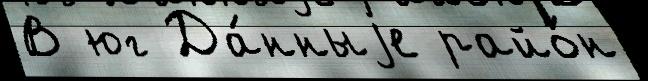
В юг Да́нныjе райо́н